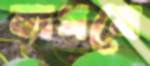
কাগযে